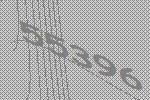
55396